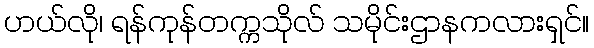
ဟယ်လို၊ ရန်ကုန်တက္ကသိုလ် သမိုင်းဌာနကလားရှင်။